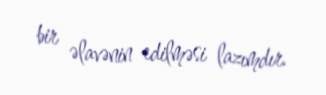
bir əlavənin edilməsi lazımdır.